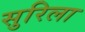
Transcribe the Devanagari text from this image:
सुरिला